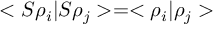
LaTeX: < S \rho _ { i } | S \rho _ { j } > = < \rho _ { i } | \rho _ { j } >